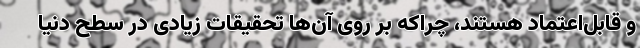
و قابل‌اعتماد هستند، چراکه بر روی آن‌ها تحقیقات زیادی در سطح دنیا